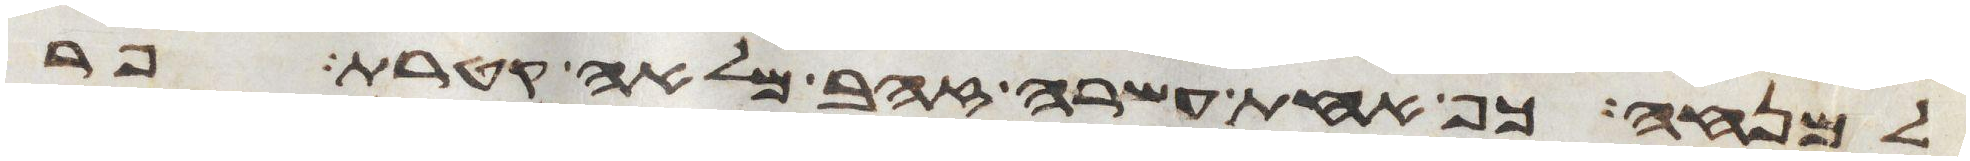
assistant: למנחה כף אחת עשרה זהב מלאה קטרת פר